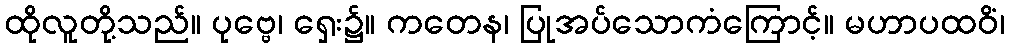
ထိုလူတို့သည်။ ပုဗ္ဗေ၊ ရှေး၌။ ကတေန၊ ပြုအပ်သောကံကြောင့်။ မဟာပထဝိံ၊